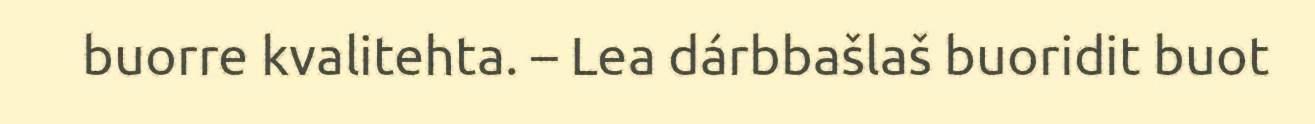
buorre kvalitehta. – Lea dárbbašlaš buoridit buot